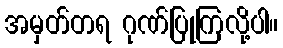
အမှတ်တရ ဂုဏ်ပြုကြလို့ပါ။